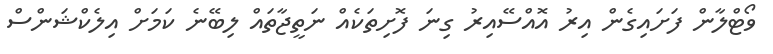
ވޯޓްލާން ފަށައިގެން އިރު އޮއްސޭއިރު ގިނަ ފޮށިތަކެއް ނަތީޖާތައް ލިބޭނެ ކަމަށް އިލެކްޝަންސް